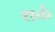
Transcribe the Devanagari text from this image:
शर्क